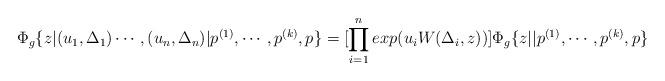
LaTeX: \begin{align*}\Phi_g\{z|(u_1,\Delta_1)\cdots,(u_n,\Delta_n)|p^{(1)},\cdots,p^{(k)},p\} =[\prod_{i=1}^n exp (u_iW(\Delta_i,z))]\Phi_g\{z||p^{(1)},\cdots,p^{(k)},p\}\end{align*}